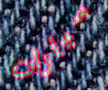
سيارات